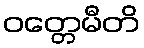
ဝတ္တေမီတိ